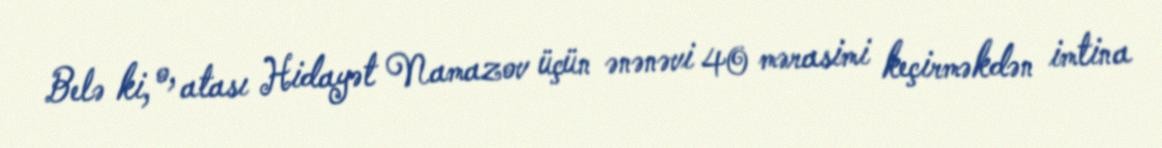
Belə ki, o, atası Hidayət Namazov üçün ənənəvi 40 mərasimi keçirməkdən imtina